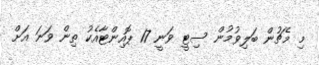
މި މެޗުން ބަލިވުމުން ސިޓީ ވަނީ 17 ޕޮއިންޓާއެކު ތިން ވަނަ އަށް